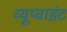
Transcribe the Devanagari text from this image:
व्यूप्वाइंट